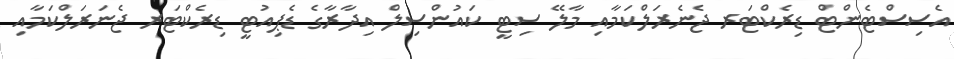
އެސިސްޓެންޓް ޑިރެކްޓަރ ޖެނެރަލްކަމާއި މާލޭ ސިޓީ ކައުންސިލް އިދާރާގެ ޑެޕިއުޓީ ޑިރެކްޓަރ ޖެނަރަލްކަމާއި